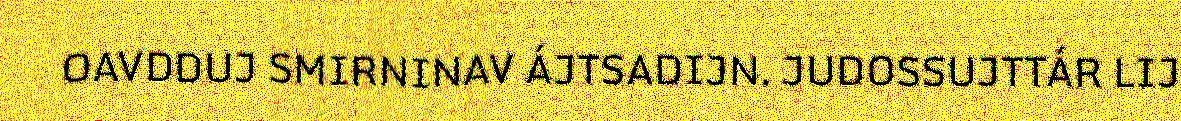
OAVDDUJ SMIRNINAV ÁJTSADIJN. JUDOSSUJTTÁR LIJ